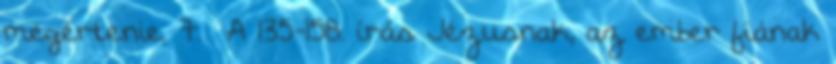
megértenie. 7. A 135-158. írás Jézusnak, az ember fiának